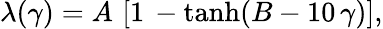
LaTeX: \lambda(\gamma)=A\, \left[1\, -\operatorname{tanh}(B-10\, \gamma)\right],